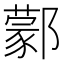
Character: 𨞫